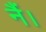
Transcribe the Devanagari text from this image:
नैं।